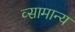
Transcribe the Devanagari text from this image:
व्सामान्य